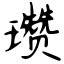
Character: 瓒